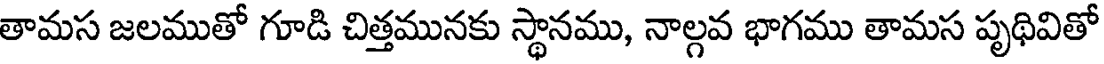
తామస జలముతో గూడి చిత్తమునకు స్థానము, నాల్గవ భాగము తామస పృథివితో